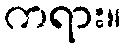
ကရား။